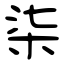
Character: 柒